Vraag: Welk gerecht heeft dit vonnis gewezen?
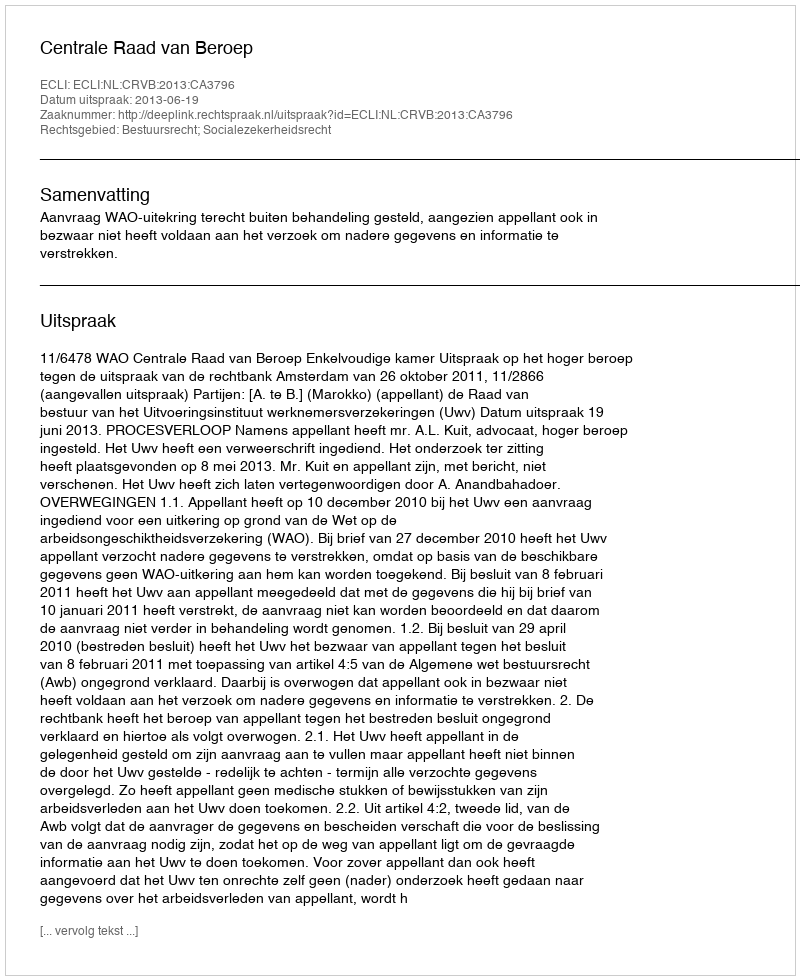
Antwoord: Centrale Raad van Beroep